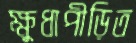
ক্ষুধাপীড়িত